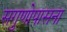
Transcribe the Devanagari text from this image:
सगुणोपासना